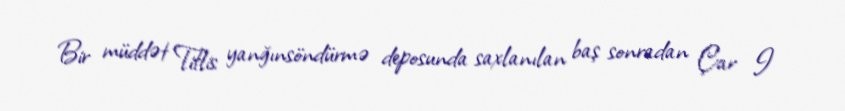
Bir müddət Tiflis yanğınsöndürmə deposunda saxlanılan baş sonradan Çar I